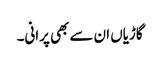
گاڑیاں ان سے بھی پرانی۔